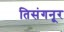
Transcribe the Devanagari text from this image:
तिसंगनूर